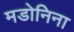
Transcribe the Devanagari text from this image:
मडोनिना